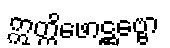
ဣတ္ထိဖောဋ္ဌဗ္ဗော